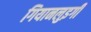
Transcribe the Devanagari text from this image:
गियानलुइगी